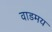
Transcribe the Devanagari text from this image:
वाडमय